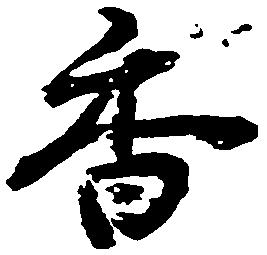
香